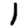
Digit: 1